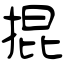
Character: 掍